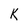
Character: K